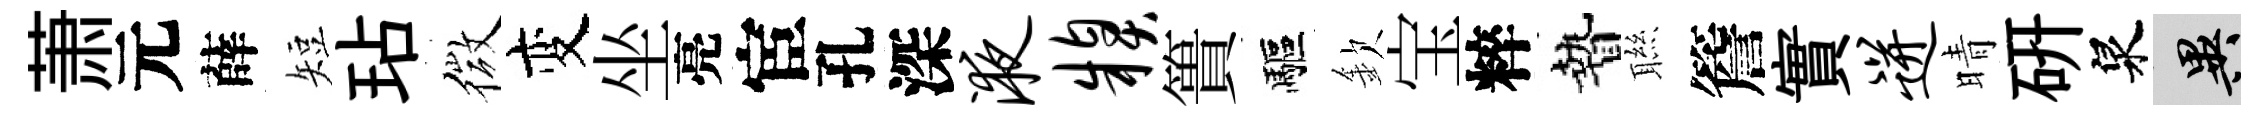
萧元薛短玷微变坐亮宦孔深液糗簣驅欽宝粹贄聮簷實迸晴硏泉异